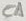
Text: C1